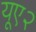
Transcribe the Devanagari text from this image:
यूए२